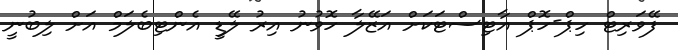
ފޭވަރިޓް ހިޕް-ހޮޕް އާޓިސްޓަކަށް އަޒޭލާ ހޮވުނު އިރު ލޭޑީ އެންޓިބެލަމް އަށް ލިބުނީ